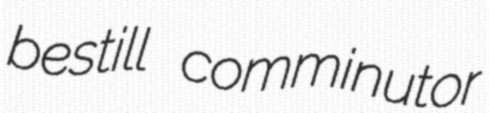
bestill comminutor